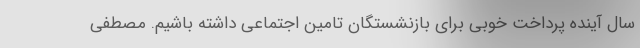
سال آینده پرداخت خوبی برای بازنشستگان تامین اجتماعی داشته باشیم. مصطفی